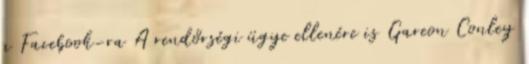
a Facebook-ra A rendőrségi ügye ellenére is Gareon Conley